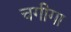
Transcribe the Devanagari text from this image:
चगीगा